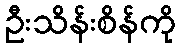
ဦးသိန်းစိန်ကို